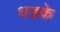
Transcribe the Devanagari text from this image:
धड़के